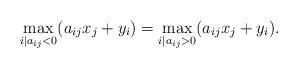
LaTeX: \begin{align*}\max_{i\mid a_{ij}<0}(a_{ij}x_j+y_i) = \max_{i\mid a_{ij}>0}(a_{ij}x_j+y_i) .\end{align*}